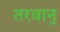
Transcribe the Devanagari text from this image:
तरवान्